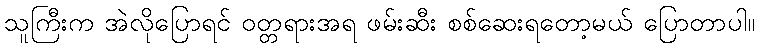
သူကြီးက အဲလိုပြောရင် ဝတ္တရားအရ ဖမ်းဆီး စစ်ဆေးရတော့မယ် ပြောတာပါ။